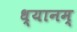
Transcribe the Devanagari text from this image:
ध्यानम्